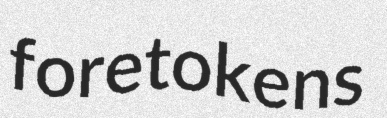
foretokens